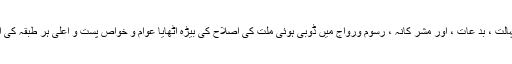
درس کے ذریعہ جہالت ، بد عات ، اور مشر کانہ ، رسوم ورواج میں ڈوبی ہوئی ملت کی اصلاح کی بیڑہ اٹھایا عوام و خواص پست و اعلی ہر طبقہ کی اصلاح کی فکر کی۔